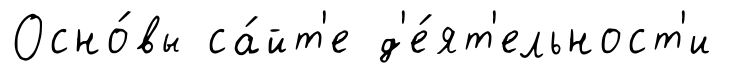
Осно́вы са́йт'е д'е́ят'ельност'и